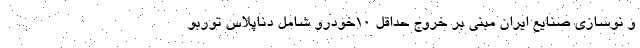
و نوسازی صنایع ایران مبنی بر خروج حداقل ۱۰خودرو شامل دناپلاس توربو